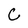
Character: C